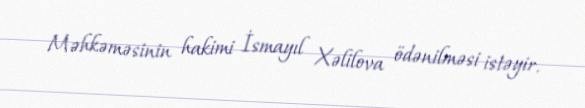
Məhkəməsinin hakimi İsmayıl Xəlilova ödənilməsi istəyir.